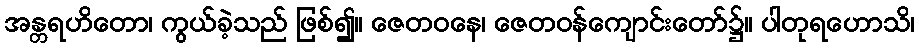
အန္တရဟိတော၊ ကွယ်ခဲ့သည် ဖြစ်၍။ ဇေတဝနေ၊ ဇေတဝန်ကျောင်းတော်၌။ ပါတုရဟောသိ၊